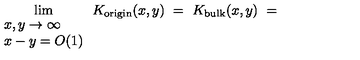
\lim _ { \begin{array} { l l } { x , y \to \infty } \\ { x - y = O ( 1 ) } \\ \end{array} } K _ { \mathrm { \tiny o r i g i n } } ( x , y ) \ = \ K _ { \mathrm { \tiny b u l k } } ( x , y ) \ = \c ^ { \prime } \ \frac { \sin ( x - y ) } { x - y } \ .